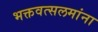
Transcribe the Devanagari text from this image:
भक्तवत्सलमांना